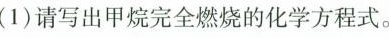
(1)请写出甲烷完全燃烧的化学方程式。